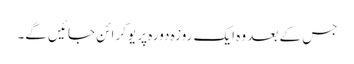
جس کے بعد وہ ایک روزہ دورہ پر یوکرائن جائیں گے۔